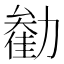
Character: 𫦺